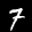
Label: 7